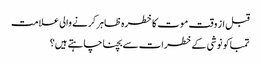
قبل از وقت موت کا خطرہ ظاہر کرنے والی علامت
تمباکو نوشی کے خطرات سے بچنا چاہتے ہیں؟